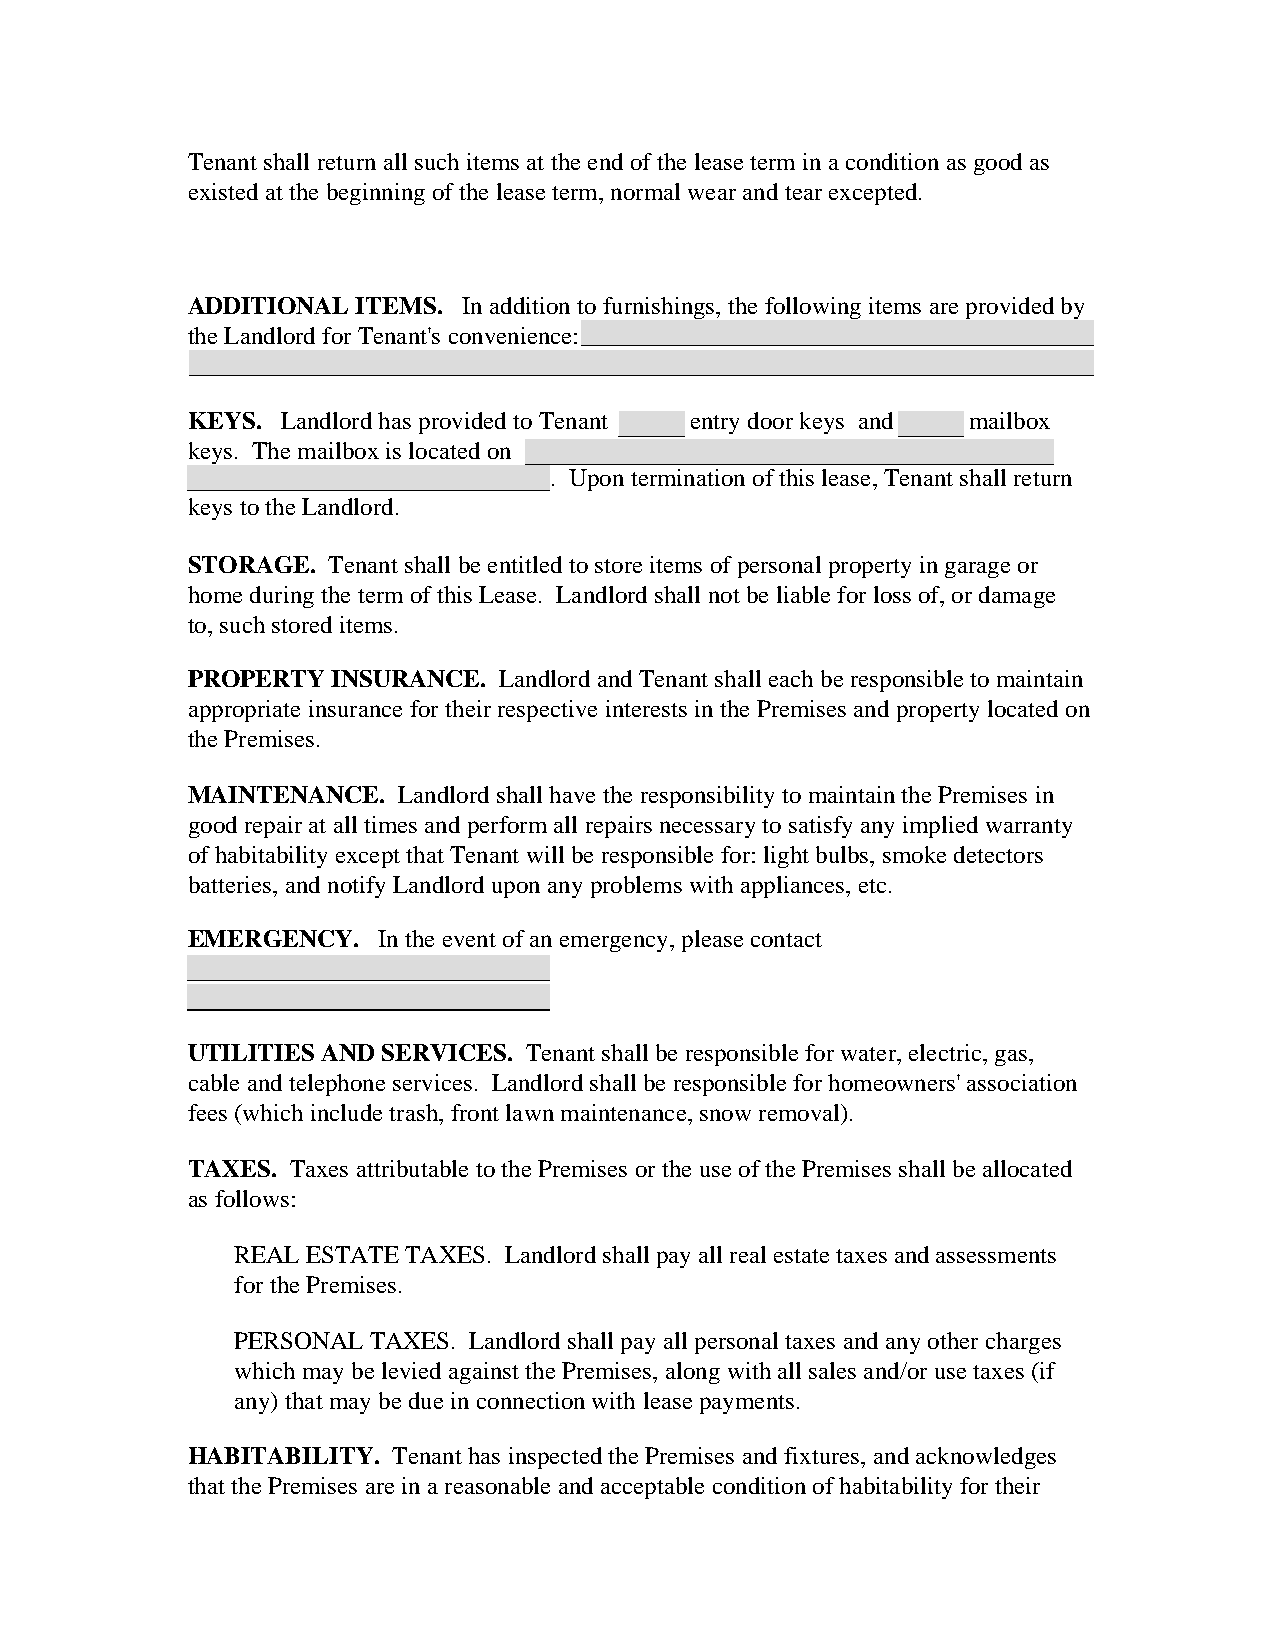
Tenant shall return all such items at the end of the lease term in a condition as good as
 existed at the beginning of the lease term, normal wear and tear excepted.
 ADDITIONAL  ITEMS. In addition to furnishings, the following items are provided by
 the Landlord for Tenant's convenience:
 KEYS.  Landlord has provided to Tenant entry door keys and mailbox
 keys. The mailbox is located on
 . Upon termination of this lease, Tenant shall return
 keys to the Landlord.
 STORAGE.  Tenant shall be entitled to store items of personal property in garage or
 home during the term of this Lease. Landlord shall not be liable for loss of, or damage
 to, such stored items.
 PROPERTY  INSURANCE. Landlord and Tenant shall each be responsible to maintain
 appropriate insurance for their respective interests in the Premises and property located on
 the Premises.
 MAINTENANCE.  Landlord shall have the responsibility to maintain the Premises in
 good repair at all times and perform all repairs necessary to satisfy any implied warranty
 of habitability except that Tenant will be responsible for: light bulbs, smoke detectors
 batteries, and notify Landlord upon any problems with appliances, etc.
 EMERGENCY.   In the event of an emergency, please contact
 UTILITIES AND SERVICES. Tenant shall be responsible for water, electric, gas,
 cable and telephone services. Landlord shall be responsible for homeowners' association
 fees (which include trash, front lawn maintenance, snow removal).
 TAXES. Taxes attributable to the Premises or the use of the Premises shall be allocated
 as follows:
 REAL ESTATE TAXES. Landlord shall pay all real estate taxes and assessments
 for the Premises.
 PERSONAL TAXES. Landlord shall pay all personal taxes and any other charges
 which may be levied against the Premises, along with all sales and/or use taxes (if
 any) that may be due in connection with lease payments.
 HABITABILITY. Tenant has inspected the Premises and fixtures, and acknowledges
 that the Premises are in a reasonable and acceptable condition of habitability for their